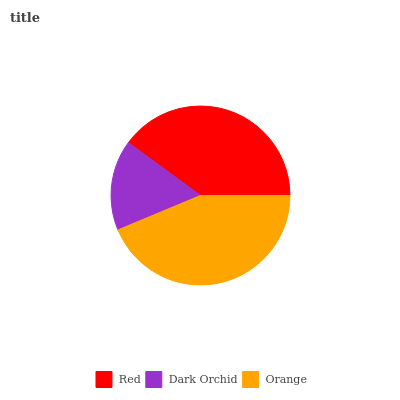
| Red | Dark Orchid | Orange |
 | --- | --- | --- |
 | 39.9% | 16.4% | 43.7% |